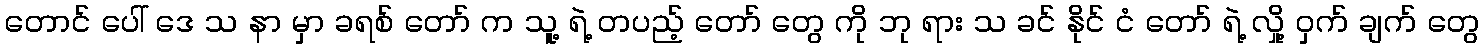
တောင် ပေါ် ဒေ သ နာ မှာ ခရစ် တော် က သူ့ ရဲ့ တပည့် တော် တွေ ကို ဘု ရား သ ခင် နိုင် ငံ တော် ရဲ့ လှို့ ဝှက် ချက် တွေ